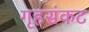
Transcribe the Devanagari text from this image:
गृहसंकट